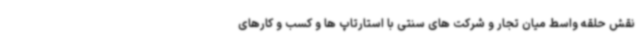
نقش حلقه واسط میان تجار و شرکت های سنتی با استارتاپ ها و کسب و کارهای